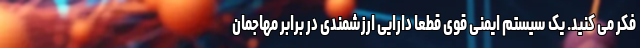
فکر می کنید. یک سیستم ایمنی قوی قطعا دارایی ارزشمندی در برابر مهاجمان